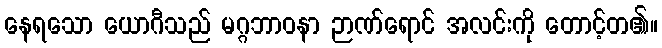
နေရသော ယောဂီသည် မဂ္ဂဘာဝနာ ဉာဏ်ရောင် အလင်းကို တောင့်တ၏။